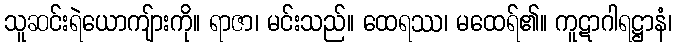
သူဆင်းရဲယောကျ်ားကို။ ရာဇာ၊ မင်းသည်။ ထေရဿ၊ မထေရ်၏။ ကူဋာဂါရဋ္ဌာနံ၊